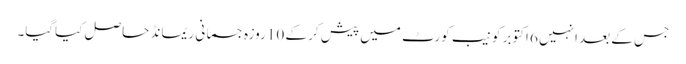
جس کے بعد انہیں 6 اکتوبر کو نیب کورٹ میں پیش کر کے 10 روزہ جسمانی ریمانڈ حاصل کیاگیا۔